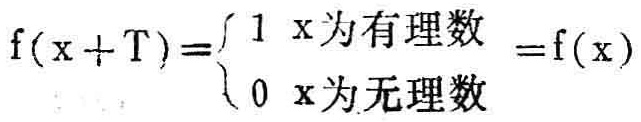
\(f(x + T)=\begin{cases}1 & x\text{为有理数} \\ 0 & x\text{为无理数} \end{cases}=f(x)\)